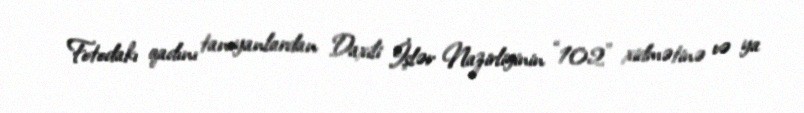
Fotodakı qadını tanıyanlardan Daxili İşlər Nazirliyinin “102” xidmətinə və ya